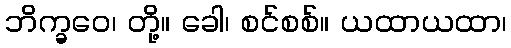
ဘိက္ခဝေ၊ တို့။ ခေါ၊ စင်စစ်။ ယထာယထာ၊